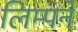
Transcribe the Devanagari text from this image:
लिम्पने